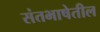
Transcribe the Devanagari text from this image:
संतभाषेतील